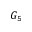
G _ { 5 }